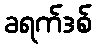
ခရက်ဒစ်